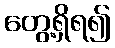
တွေ့ရှိရ၍